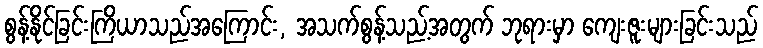
စွန့်နိုင်ခြင်းကြိယာသည်အကြောင်း, အသက်စွန့်သည့်အတွက် ဘုရားမှာ ကျေးဇူးများခြင်းသည်